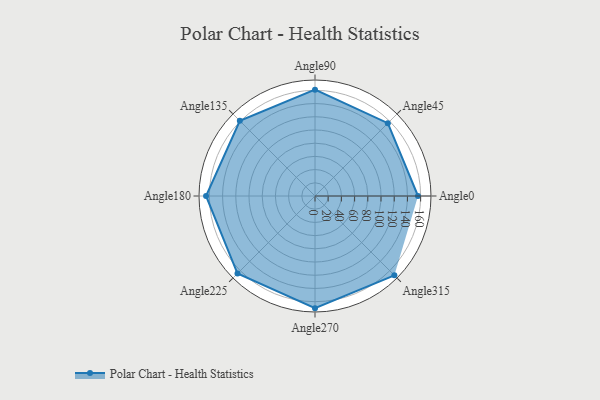
{"axis": {"x": "Angle", "y": "Radius"}, "legend": [""], "data": [{"x": "Angle0", "y": 156.0, "type": ""}, {"x": "Angle45", "y": 156.0, "type": ""}, {"x": "Angle90", "y": 161.0, "type": ""}, {"x": "Angle135", "y": 161.0, "type": ""}, {"x": "Angle180", "y": 165.0, "type": ""}, {"x": "Angle225", "y": 166.0, "type": ""}, {"x": "Angle270", "y": 170, "type": ""}, {"x": "Angle315", "y": 170, "type": ""}]}